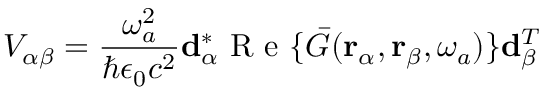
V _ { \alpha \beta } = \frac { \omega _ { a } ^ { 2 } } { \hbar \epsilon _ { 0 } c ^ { 2 } } \mathbf { d } _ { \alpha } ^ { * } \mathrm { ~ R ~ e ~ } \{ \bar { G } ( \mathbf { r } _ { \alpha } , \mathbf { r } _ { \beta } , \omega _ { a } ) \} \mathbf { d } _ { \beta } ^ { T }